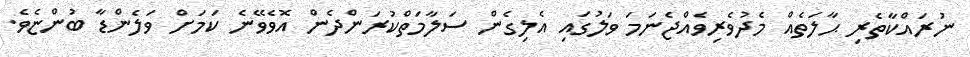
ނުރައްކާތެރި ޙާލަތެއް މެދުވެރިވެއްޖެނަމަ ވަލުގައި އެލިގެން ސަލާމަތްކުރަންދެން އޮވެވޭނެ ކަމަށް ވަލެންޑާ ބުންޏެވެ.